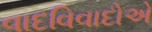
વાદવિવાદોએ